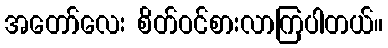
အတော်လေး စိတ်ဝင်စားလာကြပါတယ်။